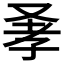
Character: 𠭂